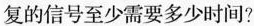
复的信号至少需要多少时间?